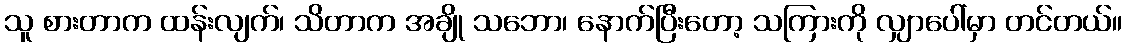
သူ စားတာက ထန်းလျက်၊ သိတာက အချို သဘော၊ နောက်ပြီးတော့ သကြားကို လျှာပေါ်မှာ တင်တယ်။